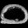
Digit: ၀